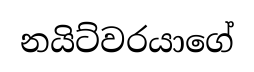
නයිට්වරයාගේ